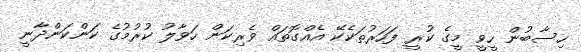
ހިސާބުން ހީވީ މީގެ ކުރީ ފަހަރުތަކެކޭ އެއްގޮތައް ވެރިކަން ހަވާލު ކުރުމުގެ ކަންކަންދާނީ